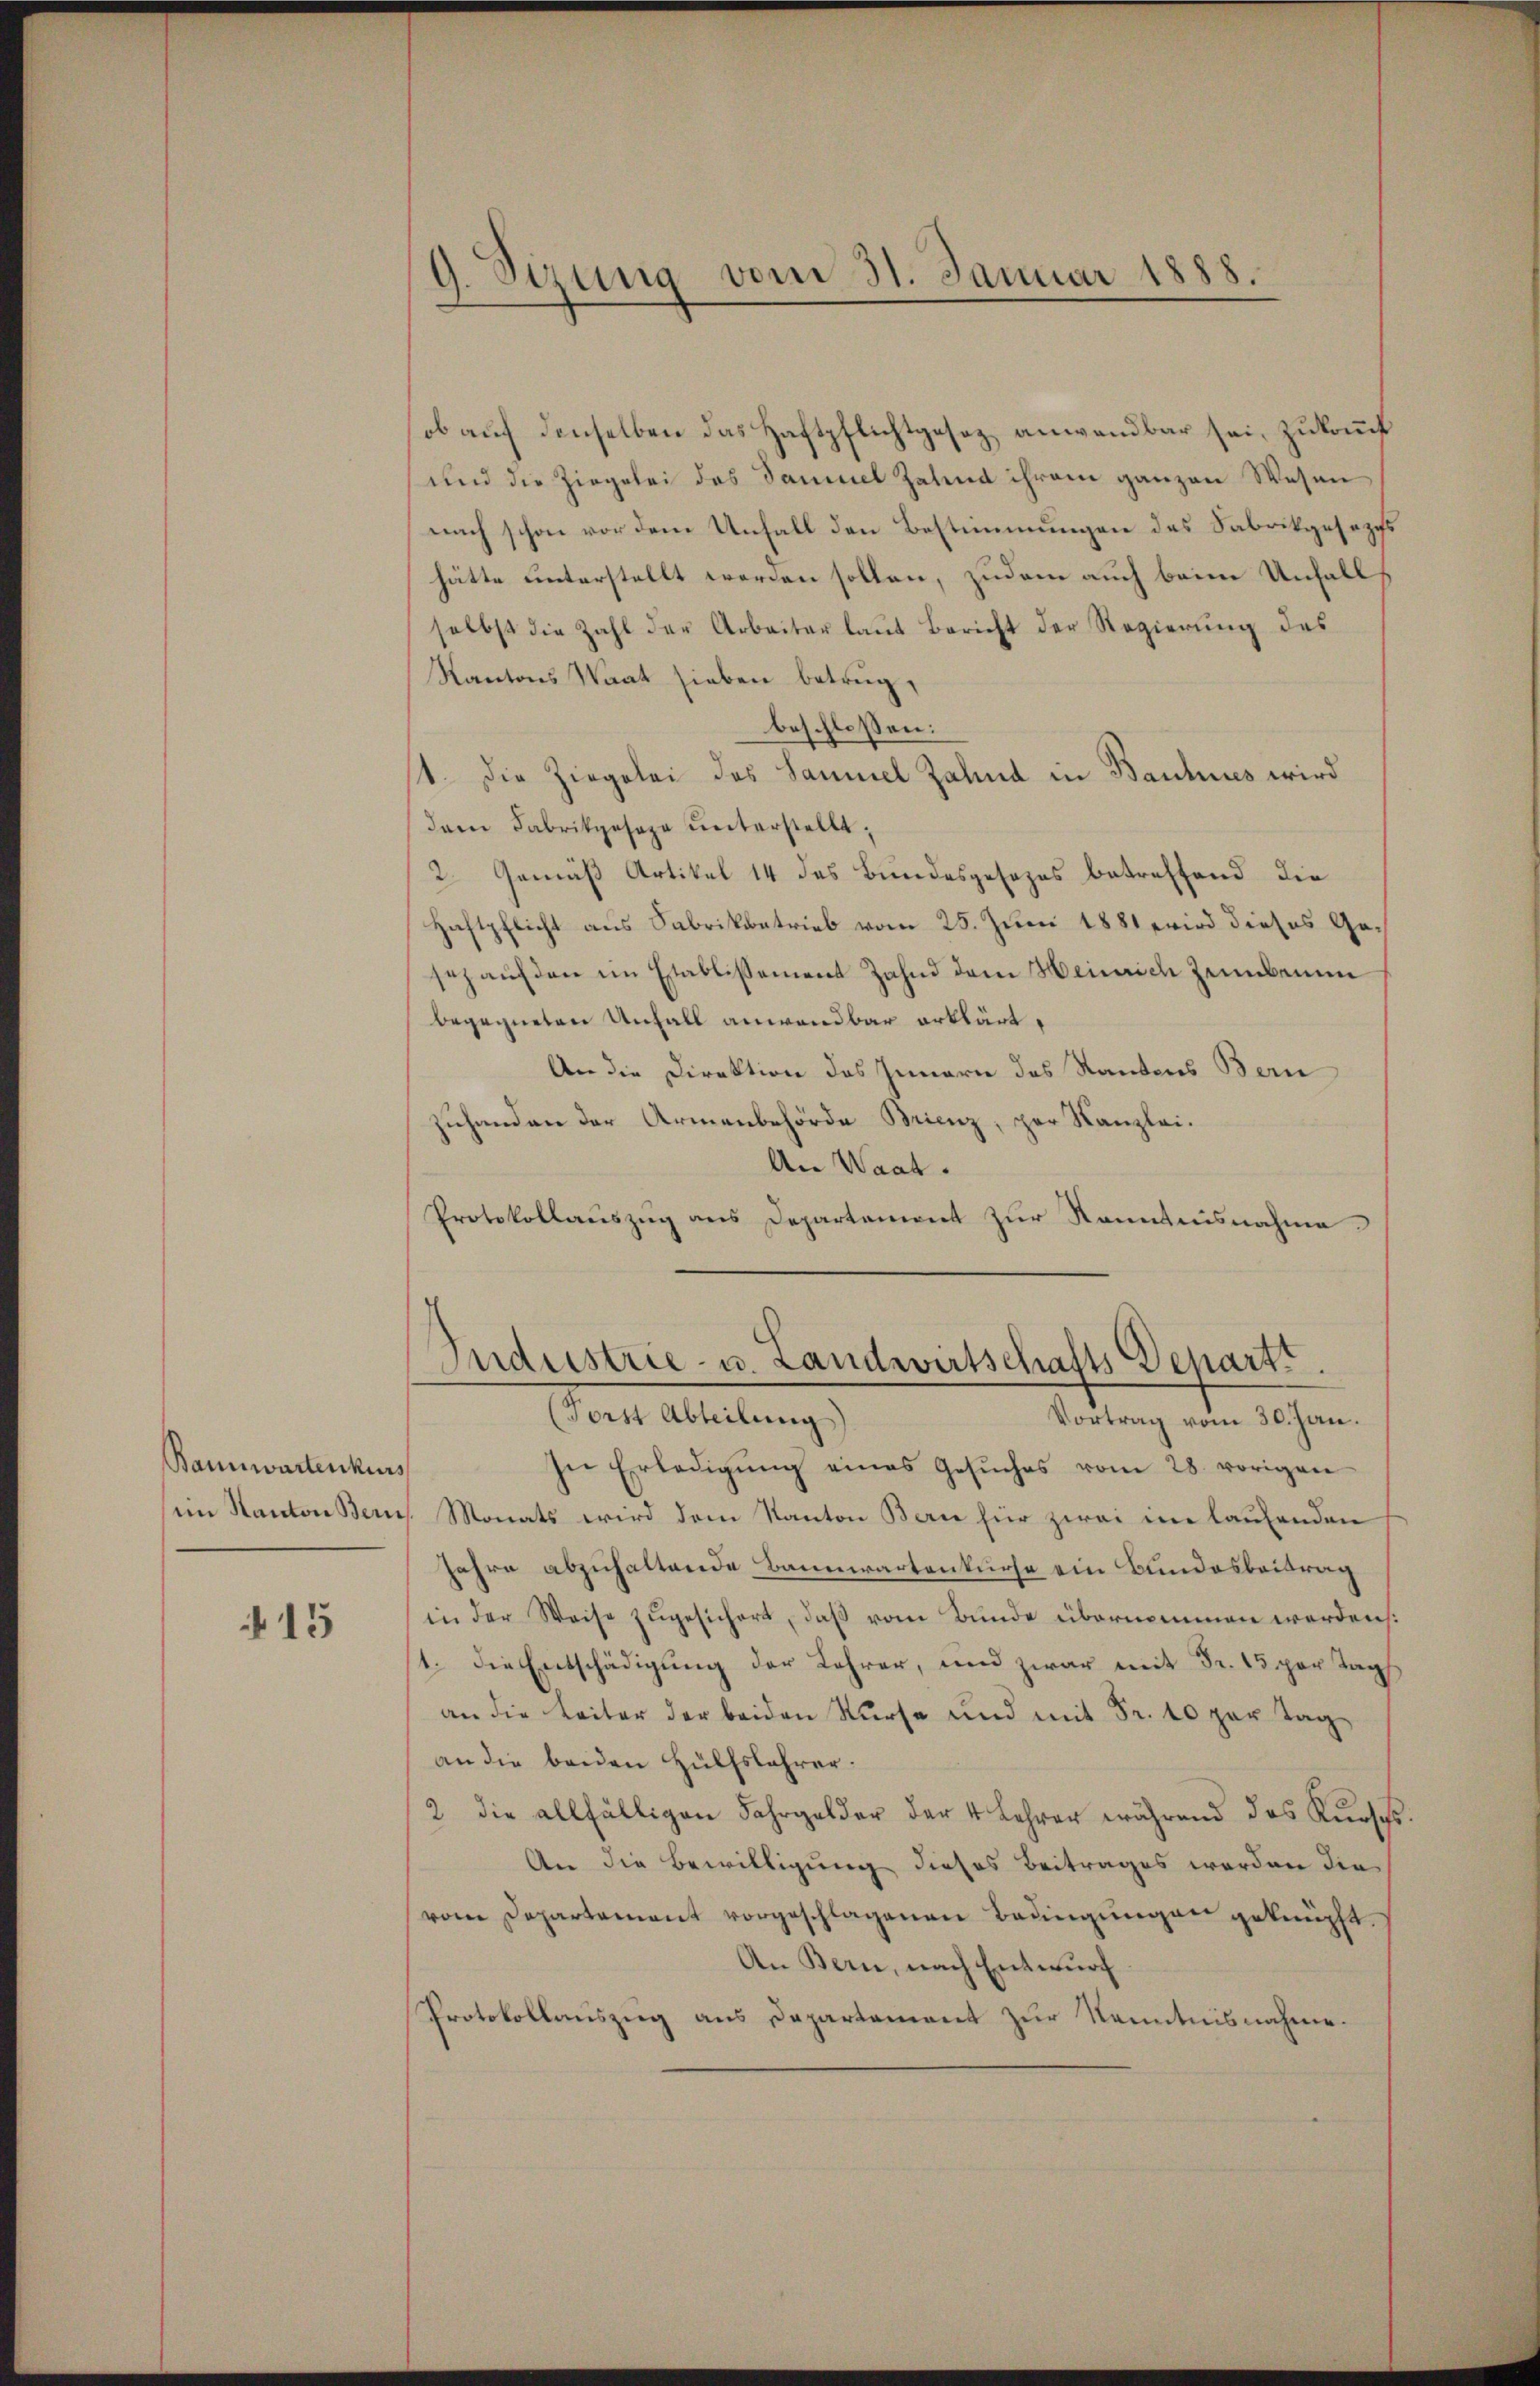
Bannwartenkurs

15

9. Sizung vom 31. Januar 1888.

ob auf denselben das Haftpflichtgesez anwendbar sei, zukauf
und die Ziegelei des Samuel Zalend ihrem ganzen Wesen
nach schon vor dem Unfall den Bestimmungen des Fabrikgesezes
hätte unterstellt werden sollen, zudem auch beim Unfall
selbst die Zahl der Arbeiter laŭt Bericht der Regierŭng des
Kantons Saat sieben betrug,
beschlossen:
1. Die Ziegelei des Samuel Zahna in Bauhes wird
dem Fabrikgesage unterstellt;
2. Gemäß Artikel 14 des Bundesgesezes betreffend die
Haftpflicht aus Fabrikbetrieb vom 25. Juni 1881 wird dieses Gesez auf den im Etablissement Zahnd dem Heinrich zemberen
begegneten Unfall anwendbar erklärt.
An die Direktion des Innerie des Kantons Bern
Zuhanden der Armenbehörde Brienz, par Kanzlei.
An Waat.
Protokollaŭszŭg ans Departement zŭr Kenntnisnahme
Industrie- u. Landwirtschafts Depart.
(Forst Abteilung)
Vortrag vom 30. Jan.
In Erledigŭng eines Gesŭches vom 28. vorigen
iin Kanton Bern. Monats wird dem Kanton Bern für zwei im laufenden
Jahre abzuhaltende Bannwartenkurse ein Bundesbeitrag
in der Weise zugesichert, daß vom Bunde übernommen werden.
1. die Entschädigung der Lehrer, und zwar mit Fr. 15 per Tags
an die Leiter der beiden Kurse und mit Fr. 10 par Tagan die beiden Hülfslehrer.
2 die allfälligen Fahrgelder der 4 Lehrer während das Kursch
An die Bewilligung dieses Beitrages werden die
von Departement vorgeschlagenen Bedingungen geknüpft.
An Bern, nach Entwurf
Protokollauszug aus Departement zur Kenntnisnahme.